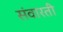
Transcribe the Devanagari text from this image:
संवारती